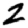
Digit: 2